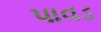
પાવડ